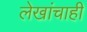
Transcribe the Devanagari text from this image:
लेखांचाही